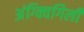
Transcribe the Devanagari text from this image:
अंग्क्विगिली